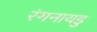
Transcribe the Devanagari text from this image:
रंगनायडु